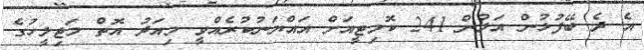
އެ ދެ ބޭފުޅުން އަލުން 241 ކޮމިޓީއަށް އައްޔަނުކުރެއްވީ މިއަދު އޮތް މަޖިލީހުގެ